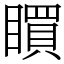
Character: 䁲